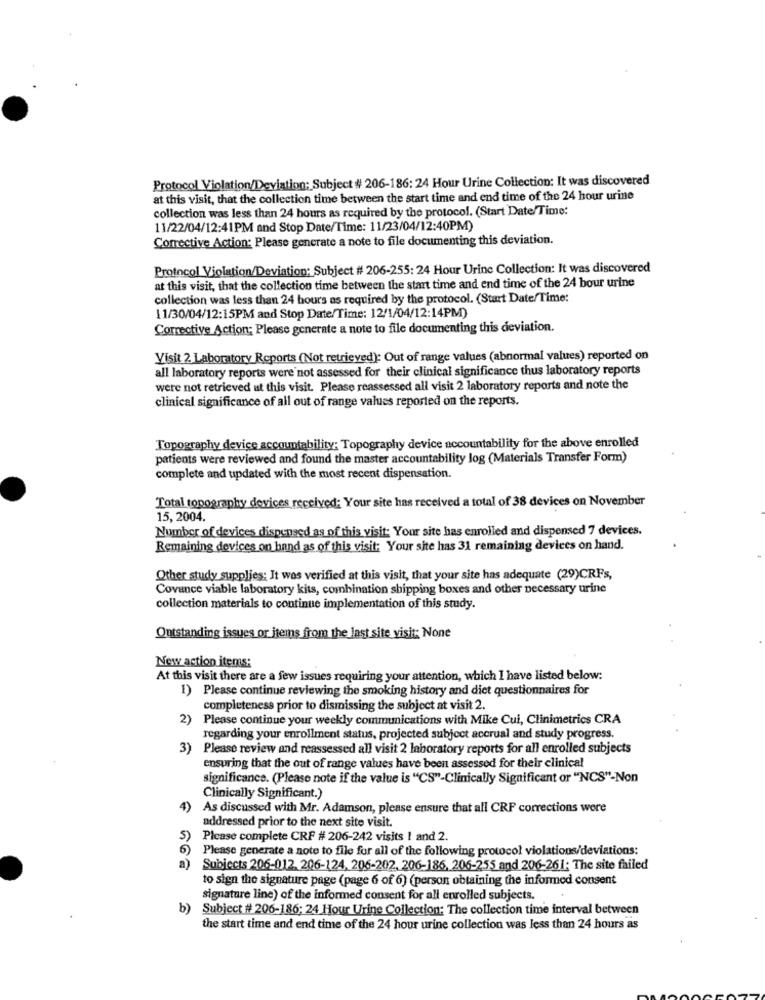
Protocol Violation/Deviation; Subject # 206-186: 24 Hour Urine Collection: It was discovered
at this visit, that the collection time between the start time and end time of the 24 hour urine
collection was less than 24 hours as required by the protocol. (Start Date/Time:
11/22/04/12:41PM and Stop Date/Time: 11/23/04/12:40PM)
Corrective Action: Please generate a note to file documenting this deviation.
Protocol Violation/Deviation: Subject # 206-255: 24 Hour Urine Collection: It was discovered
at this visit, that the collection time between the start time and end time of the 24 bour urine
collection was less than 24 hours as required by the protocol. (Start Date/Time:
11/30/04/12:15PM and Stop Date/Time: 12/1/04/12:14PM)
Corrective Action; Please generate a note to file documenting this deviation.
Visit 2 Laboratory Reports (Not retrieved): Out of range values (abnormal values) reported on
all laboratory reports were not assessed for their clinical significance thus laboratory reports
were not retrieved at this visit. Please reassessed all visit 2 laboratory reports and note the
clinical significance of all out of range values reported on the reports.
Topography device accountability; Topography device accountability for the above enrolled
patients were reviewed and found the master accountability log (Materials Transfer Form)
complete and updated with the most recent dispensation.
Total topography devices received: Your site has received a total of 38 devices on November
15, 2004.
Number of devices dispensed as of this visit: Your site has enrolled and dispensed 7 devices.
Remaining devices on hand as of this visit; Your site has 31 remaining devices on hand.
Other study supplies; It was verified at this visit, that your site has adequate (29)CRFs,
Covance viable laboratory kits, combination shipping boxes and other necessary urine
collection materials to continue implementation of this study.
Outstanding issues or items from the last site visit: None
New action items:
At this visit there are a few issues requiring your attention, which I have listed below:
1) Please continue reviewing the smoking history and diet questionnaires for
completeness prior to dismissing the subject at visit 2.
2) Please continue your weekly communications with Mike Cui, Clinimetrics CRA
regarding your enrollment status, projected subject accrual and study progress.
3) Please review and reassessed all visit 2 laboratory reports for all enrolled subjects
ensuring that the out of range values have been assessed for their clinical
significance. (Please note if the value is "CS"-Clinically Significant or "NCS"-Non
Clinically Significant.)
4)
As discussed with Mr. Adamson, please ensure that all CRF corrections wore
addressed prior to the next site visit.
5)
Please complete CRF # 206-242 visits 1 and 2.
Please generate a note to file for all of the following protocol violations/deviations:
a)
Subjects 206-012, 206-124, 206-202. 206-186, 206-255 and 206-261: The site failed
to sign the signature page (page 6 of 6) (person obtaining the informed consent
signature line) of the informed consent for all enrolled subjects.
b)
Subject # 206-186; 24 Hour Urine Collection: The collection time interval between
the start time and end time of the 24 hour urine collection was less than 24 hours as